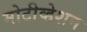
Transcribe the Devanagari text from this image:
मोटीव्हेशन